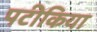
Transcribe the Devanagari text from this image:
पटीकिया